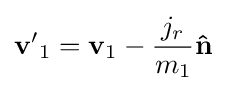
\mathbf {v'} _{1}=\mathbf {v} _{1}-{\frac {j_{r}}{m_{1}}}\mathbf {\hat {n}}